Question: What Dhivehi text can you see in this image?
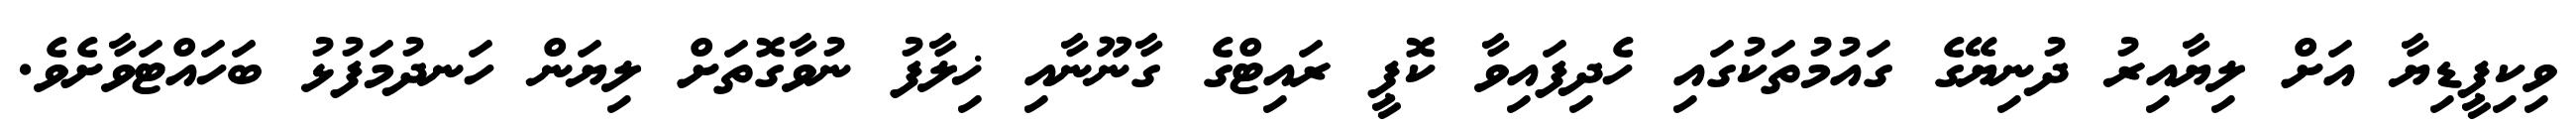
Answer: ވިކިޕީޑިޔާ އަށް ލިޔާއިރު ދުނިޔޭގެ ގައުމުތަކުގައި ހެދިފައިވާ ކޮޕީ ރައިޓްގެ ގާނޫނާއި ޚިލާފު ނުވާގޮތަށް ލިޔަން ހަނދުމަފުޅު ބަހައްޓަވާށެވެ.